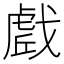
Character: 𭟼